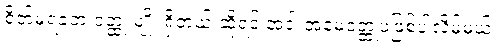
စိတ်မရဲခဲ့တဲ့ ဝတ္ထု မျိုး ရှိတယ် ဆိုရင် အဲဒါ အမေဝတ္ထုပဲဖြစ်ပါလိမ့်မယ်။